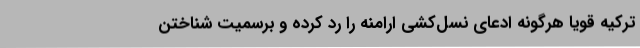
ترکیه قویا هرگونه ادعای نسل‌کشی ارامنه را رد کرده و برسمیت شناختن